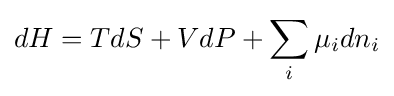
dH=TdS+VdP+\sum _{i}\mu _{i}dn_{i}